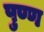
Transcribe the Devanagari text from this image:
पुण्ण